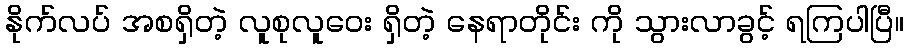
နိုက်လပ် အစရှိတဲ့ လူစုလူဝေး ရှိတဲ့ နေရာတိုင်း ကို သွားလာခွင့် ရကြပါပြီ။